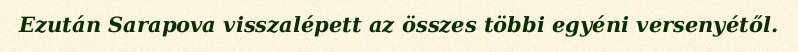
Ezután Sarapova visszalépett az összes többi egyéni versenyétől.